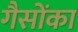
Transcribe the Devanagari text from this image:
गैसोंका